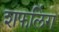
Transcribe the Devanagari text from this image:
शफलिंग